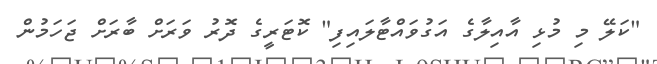
"ކަލޭ މި މުޅި އާއިލާގެ އަގުވައްޓާލައިފި" ކޮޓަރީގެ ދޮރު ވަރަށް ބާރަށް ޖަހަމުން